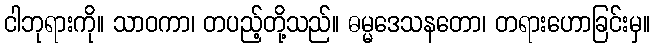
ငါဘုရားကို။ သာဝကာ၊ တပည့်တို့သည်။ ဓမ္မဒေသနတော၊ တရားဟောခြင်းမှ။